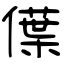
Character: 僷